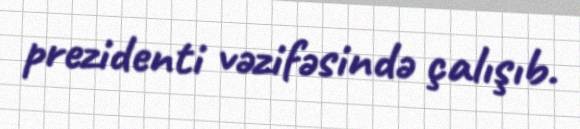
prezidenti vəzifəsində çalışıb.